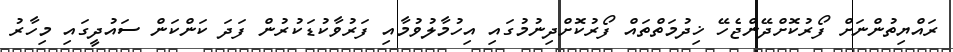
ރައްޔިތުންނަށް ފޯރުކޮށްދޭންޖެހޭ ޚިދުމަތްތައް ފޯރުކޮށްދިނުމުގައި އިހުމާލުވުމާއި ފަރުވާކުޑަކުރުން ފަދަ ކަންކަން ސައުދީގައި މިހާރު